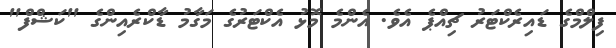
ފިލްމްގެ ޑައިރެކްޓަރު ޗިއްޕެ އެވެ. އެންމެ މޮޅު އެކްޓަރުގެ މަގާމު ޑާކްރެއިންގެ "ކަޝްފް"